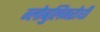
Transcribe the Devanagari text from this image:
ग्लोबुलिनरोधी